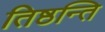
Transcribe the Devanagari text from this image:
तिष्ठन्ति